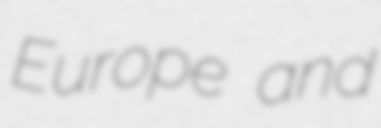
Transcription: Europe and